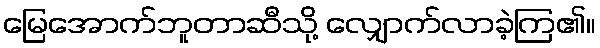
မြေအောက်ဘူတာဆီသို့ လျှောက်လာခဲ့ကြ၏။